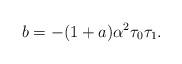
LaTeX: \begin{align*} b = - (1+a) \alpha^2 \tau_0 \tau_1.\end{align*}